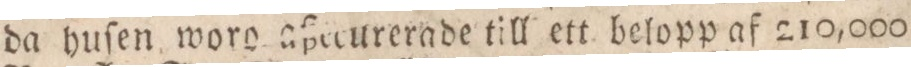
da huſen woro aßecurerade till ett belopp af 210,000